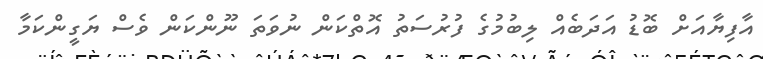
އާފިޔާއަށް ބޮޑު އަދަބެއް ލިބުމުގެ ފުރުސަތު އޮތްކަން ނުވަތަ ނޫންކަން ވެސް ޔަގީންކަމާ